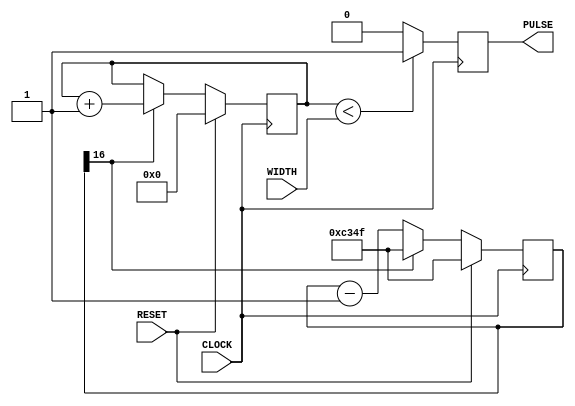
/*
 * Copyright (c) 2019 Stephen Williams (steve@icarus.com)
 *
 *    This source code is free software; you can redistribute it
 *    and/or modify it in source code form under the terms of the GNU
 *    General Public License as published by the Free Software
 *    Foundation; either version 2 of the License, or (at your option)
 *    any later version.
 *
 *    This program is distributed in the hope that it will be useful,
 *    but WITHOUT ANY WARRANTY; without even the implied warranty of
 *    MERCHANTABILITY or FITNESS FOR A PARTICULAR PURPOSE.  See the
 *    GNU General Public License for more details.
 *
 *    You should have received a copy of the GNU General Public License
 *    along with this program; if not, write to the Free Software
 *    Foundation, Inc., 51 Franklin Street, Fifth Floor, Boston, MA 02110-1301, USA.
 */

`default_nettype none
`timescale 1ps/1ps

module pulse_width
  #(parameter CLOCK_DIVIDER = 50000
    /* */)
   (input wire  CLOCK,
    input wire 	RESET,
    // Width of the pulse
    input wire [3:0] WIDTH,
    // The generated pulse
    output reg 	PULSE
    /* */);

   // The clock_counter divides down the system clock to a pulse
   // clock that is much lower frequency, so that we don't have
   // high-frequency signals leaving the chip. The clock_phase
   // counter then counts out the phase position within the pulse
   // width of the generated signal.
   localparam             CLOCK_DIV_BITS = $clog2(CLOCK_DIVIDER);
   reg [CLOCK_DIV_BITS:0] clock_counter;
   reg [3:0] 		  clock_phase;
   always @(posedge CLOCK)
     if (RESET) begin
	clock_counter <= CLOCK_DIVIDER - 1;
	clock_phase   <= 1'b0;

     end else if (clock_counter[CLOCK_DIV_BITS]) begin
	clock_phase   <= clock_phase + 1;
	clock_counter <= CLOCK_DIVIDER - 1;

     end else begin
	clock_counter <= clock_counter - 1;
     end

   always @(posedge CLOCK)
     if (clock_phase < WIDTH)
       PULSE <= 1'b1;
     else
       PULSE <= 1'b0;

endmodule // pulse_width